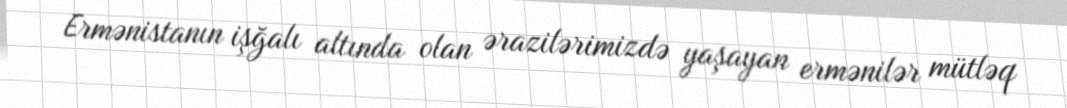
Ermənistanın işğalı altında olan ərazilərimizdə yaşayan ermənilər mütləq